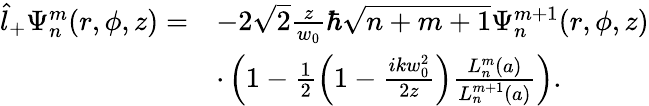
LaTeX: \begin{array}{rl}{\hat{l}_{+}\Psi_{n}^{m}(r,\phi,z)=}&{-2\sqrt{2}\frac{z}{w_{0}}\hbar\sqrt{n+m+1}\Psi_{n}^{m+1}(r,\phi,z)}\\ &{\cdot\left(1-\frac{1}{2}\left(1-\frac{ikw_{0}^{2}}{2z}\right)\frac{L_{n}^{m}(a)}{L_{n}^{m+1}(a)}\right).}\end{array}